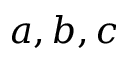
a , b , c